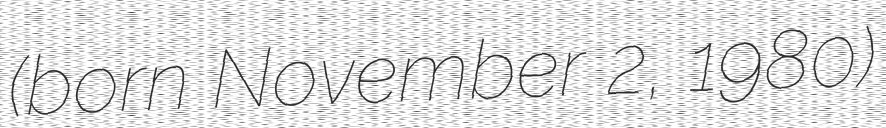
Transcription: (born November 2, 1980)